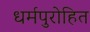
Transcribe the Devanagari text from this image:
धर्मपुरोहित